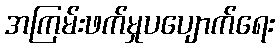
အကြမ်းဖက်မှုပပျောက်ရေး